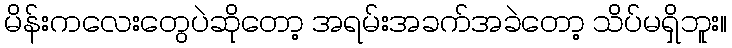
မိန်းကလေးတွေပဲဆိုတော့ အရမ်းအခက်အခဲတော့ သိပ်မရှိဘူး။